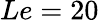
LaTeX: Le=20